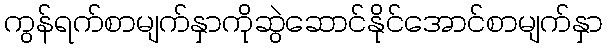
ကွန်ရက်စာမျက်နှာကိုဆွဲဆောင်နိုင်အောင်စာမျက်နှာ